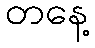
တနေ့